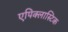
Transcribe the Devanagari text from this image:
एपिक्लास्टिक